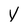
Character: V